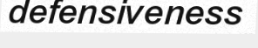
defensiveness